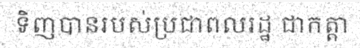
ទិញបានរបស់ប្រជាពលរដ្ឋ ជាកត្តា